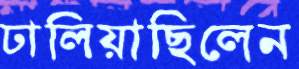
ঢালিয়াছিলেন